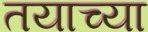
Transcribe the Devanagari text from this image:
तयाच्या